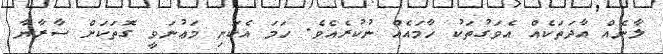
ލާނެއް އާދަތަކެއް އެވަގުތަކު ހާމައެއް ނުކުރެއެވެ. ހަމަ އެކަނި މަޢުނަވީ ގޮތަކަށް ސާރާޔާ